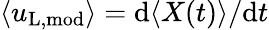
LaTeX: \langle u_{\mathrm{L,mod}}\rangle=\mathrm{d}\langle X(t)\rangle/\mathrm{d}t